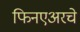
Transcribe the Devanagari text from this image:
फिनएअरचे